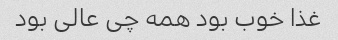
غذا خوب بود همه چی عالی بود